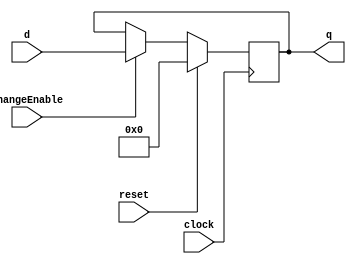
module register16 (
	input [15:0] d,
	input changeEnable,     //Change Enable
	input reset,  //
	input clock,    //
	output reg [15:0] q
);

	always @ (posedge clock) begin 
		if (reset) begin
			q <= 16'h0000;
		end else if ( changeEnable ) begin
				q <= d;
		end
	end
	
endmodule